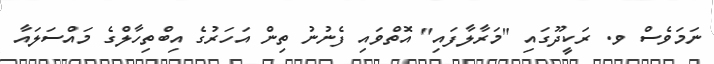
ނަމަވެސް ވ. ރަކީދޫގައި "މަރާލާފައި" އޮތްވައި ފެނުނު ތިން އަހަރުގެ އިބްތިހާލްގެ މައްސަލައާ